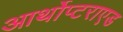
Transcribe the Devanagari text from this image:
आर्थोप्टराएड